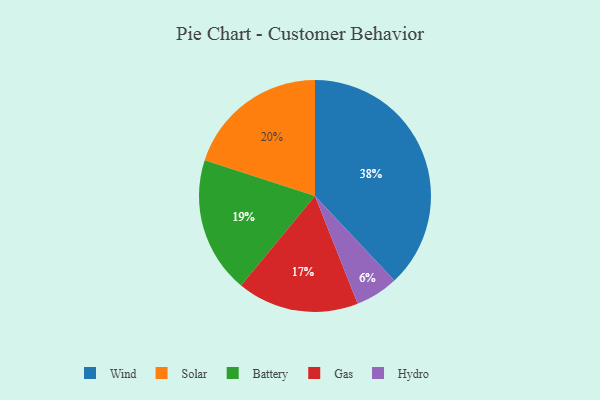
{"axis": {"x": "Category", "y": "Percentage"}, "legend": ["Battery", "Gas", "Hydro", "Solar", "Wind"], "data": [{"x": "Gas", "y": 17, "type": "Gas"}, {"x": "Solar", "y": 20, "type": "Solar"}, {"x": "Battery", "y": 19, "type": "Battery"}, {"x": "Hydro", "y": 6, "type": "Hydro"}, {"x": "Wind", "y": 38, "type": "Wind"}]}